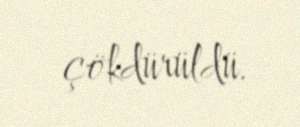
çökdürüldü.